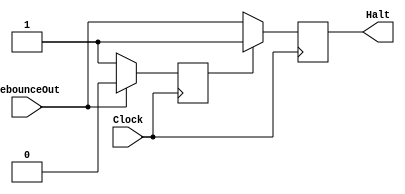
module setHalt(Clock, DebounceOut, Halt);
	input Clock, DebounceOut;
	output reg Halt;
	
	reg state = 0;
	
	//teste assim, senao funfar, apaga linha 14, deixa original (linha 15) e descomenta os testes 2
	
	always @ ( posedge Clock )
	begin
		if(state == 0)
		begin
			//Halt = 0;	//teste 2
			//Halt = ~ Halt;		//testa isso, add em 29.10.2019
			Halt = DebounceOut;	//original
			if(DebounceOut == 0)
				state = 1;
		end
		else
		begin
			//Halt = 0; // teste 2
			Halt = 1;
			if(DebounceOut == 1)
				state = 0;
		end
	end

endmodule 

/*
module setHalt(Clock, DebounceOut, Halt);
	input Clock, DebounceOut;
	output reg Halt;
	
	reg state = 0;
	
	//teste assim, senao funfar, apaga linha 14, deixa original (linha 15) e descomenta os testes 2
	
	always @ ( posedge Clock )
	begin
		if(state == 0)
		begin
			//Halt = 0;	//teste 2
			Halt = ~ Halt;		//testa isso, add em 29.10.2019
			//Halt = DebounceOut;	//original
			if(DebounceOut == 0)
				state = 1;
		end
		else
		begin
			//Halt = 0; // teste 2
			Halt = 1;
			if(DebounceOut == 1)
				state = 0;
		end
	end

endmodule 
*/